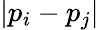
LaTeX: |p_{i}-p_{j}|